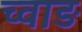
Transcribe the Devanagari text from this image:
च्वाङ